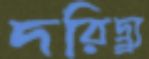
দরিদ্র্র্র্য